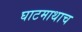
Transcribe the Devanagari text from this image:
घाटमाथाच